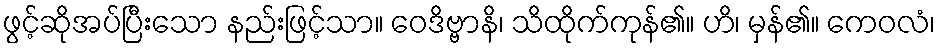
ဖွင့်ဆိုအပ်ပြီးသော နည်းဖြင့်သာ။ ဝေဒိဗ္ဗာနိ၊ သိထိုက်ကုန်၏။ ဟိ၊ မှန်၏။ ကေဝလံ၊